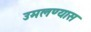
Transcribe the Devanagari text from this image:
उमलण्यास